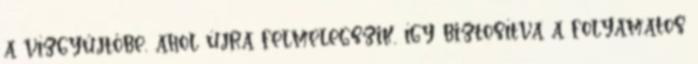
a vízgyűjtőbe, ahol újra felmelegszik, így biztosítva a folyamatos